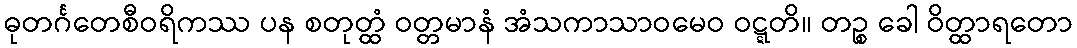
ဓုတင်္ဂတေစီဝရိကဿ ပန စတုတ္ထံ ဝတ္တမာနံ အံသကာသာဝမေဝ ဝဋ္ဋတိ။ တဉ္စ ခေါ ဝိတ္ထာရတော